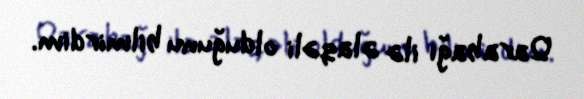
Qarabağı ilə əlaqəli olduğunu bilmirdim.